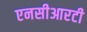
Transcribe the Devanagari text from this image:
एनसीआरटी